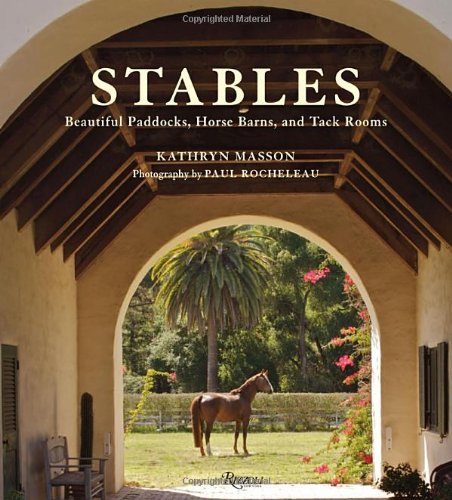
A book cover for Stables: Beautiful Paddocks, Horse Barns, and Tack Rooms; Kathryn Masson; Arts & Photography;